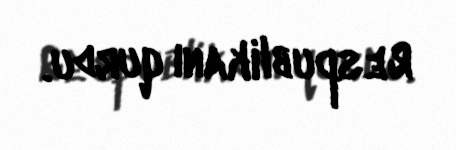
Respublikanı qurdu.